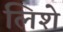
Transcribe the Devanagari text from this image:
लिशे